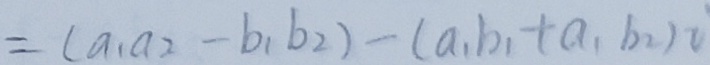
= ( a _ { 1 } a _ { 2 } - b _ { 1 } b _ { 2 } ) - ( a , b _ { 1 } + a _ { 1 } b _ { 2 } ) v